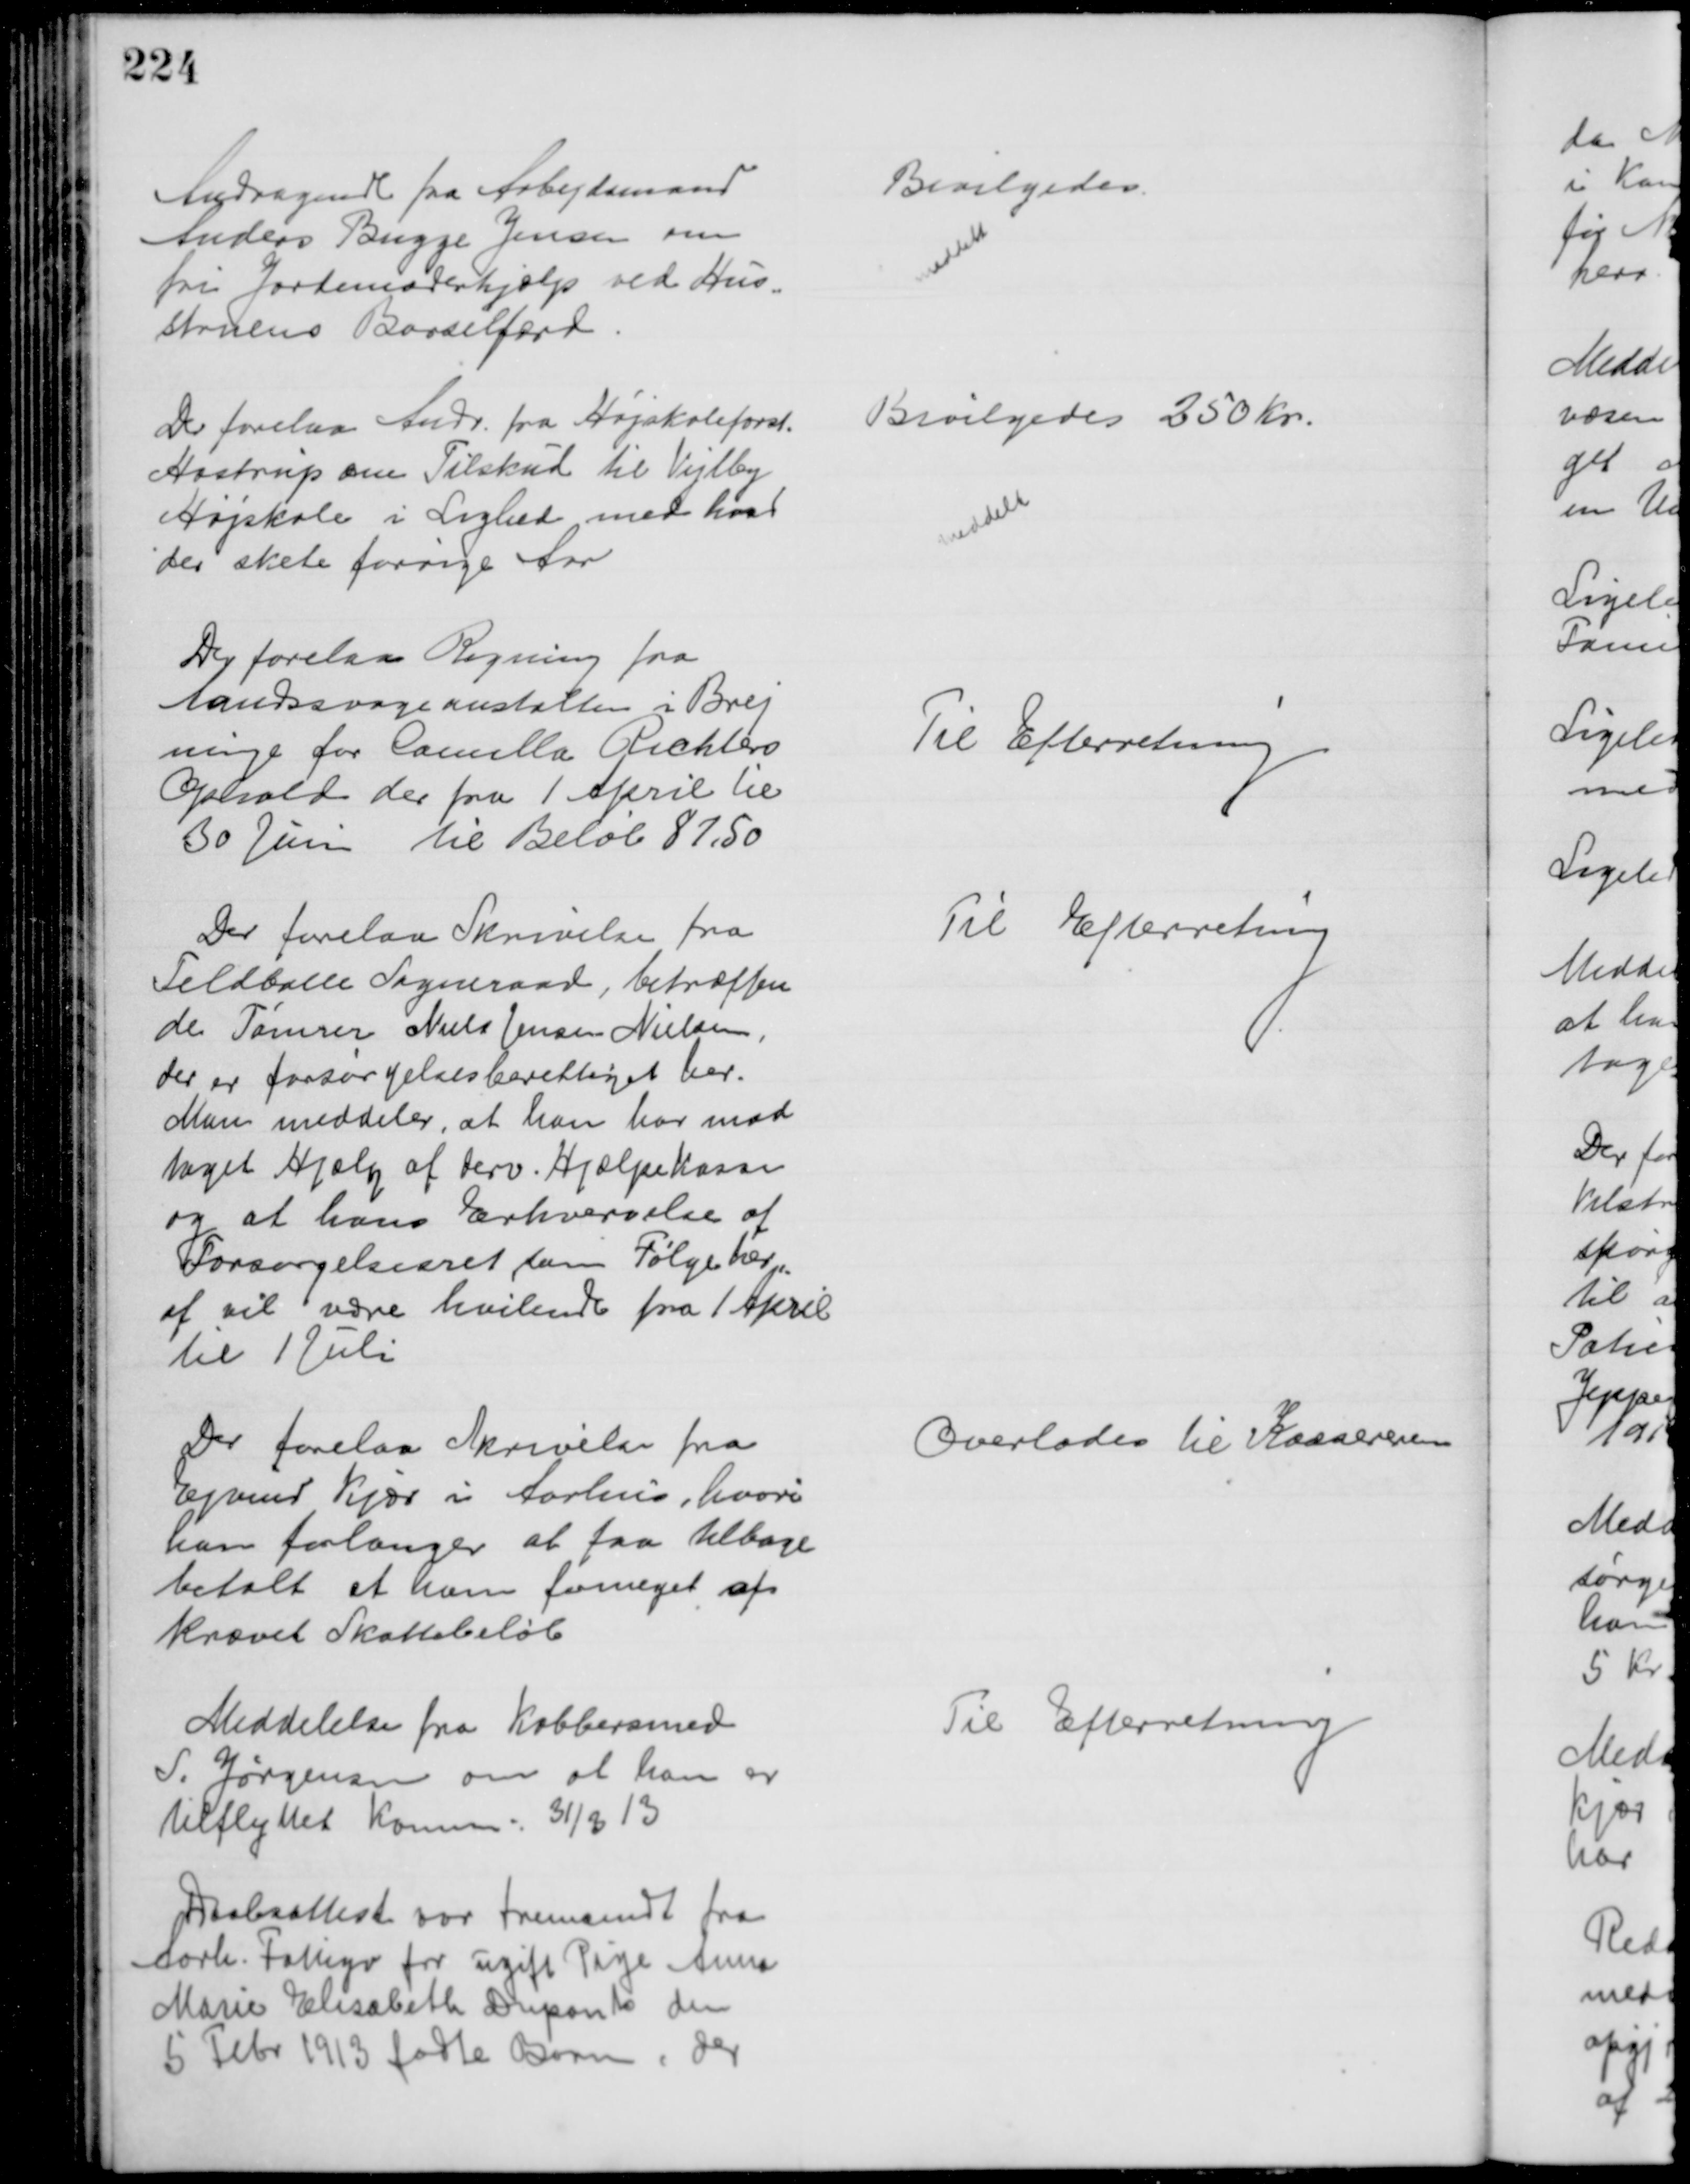
Transskription:
Andragende fra Arbejdsmand
Anders Bugge Jensen om
fri Jordemoderhjælp ved Hus-
struens Barselfærd
Bevilgedes.
meddelt
Der forelaa Andr. fra Højskoleforst.
Hastrup om Tilskud til Vejlby
Højskole i Lighed med hvad
der skete forrige Aar
Bevilgedes 250 Kr.
meddelt
Der forelaa Regning fra
Aandssvageanstalten i Brej
ninge for Camilla Richters
Ophold der fra 1 April til
30 Juni til Beløb 87,50
Til Efterretning
Der forelaa Skrivelse fra
Feldballe Sogneraad, betræffen
de Tømrer Niels Jensen Nielsen,
der er forsørgelsesberettiget her.
Man meddeler, at han har mod
taget Hjælp af derv. Hjælpekasse
og at hans Erhvervelse af
Forsørgelsesret som Følge her-
af vil være hvilende fra 1 April
til 1 Juli
Til Efterretning
Der forelaa Skrivelse fra
Ejvind Kjær i Aarhus, hvori
han forlanger at faa tilbage
betalt et ham formeget af
krævet Skattebeløb
Overlodes til Kassereren
Meddelelse fra Kobbersmed
S. Jørgensen om at han er
tilflyttet Komm 31/3 13
Til Efterretning
Daabsattest var fremsendt fra
Aarh. Fattigv for ugift Pige Anna
Marie Elisabeth Duponts den
5 Febr 1913 fødte Barn, der